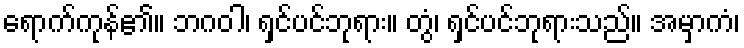
ရောက်ကုန်၏။ ဘဂဝါ၊ ရှင်ပင်ဘုရား။ တွံ၊ ရှင်ပင်ဘုရားသည်။ အမှာကံ၊